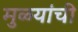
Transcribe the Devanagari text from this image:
मुळ्यांची